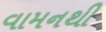
વામનથી